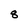
Character: 8